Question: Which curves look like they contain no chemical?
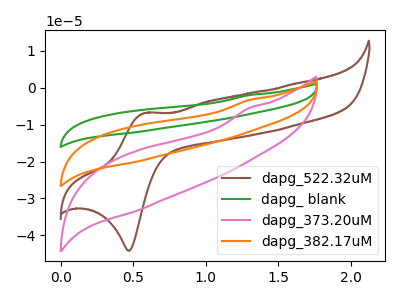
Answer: <think>The brown curve "dapg_522.32uM" has an anodic peak at (0.60V, -6.85uA) and a cathodic peak at (0.45V, -44.15uA). The green curve "dapg_ blank" has no peaks. The pink curve "dapg_373.20uM" has no peaks. The orange curve "dapg_382.17uM" has no peaks.</think>
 <answer>"dapg_ blank", "dapg_373.20uM" and "dapg_382.17uM" are likely to be blanks.</answer>
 <eval>"dapg_ blank", "dapg_373.20uM", "dapg_382.17uM"</eval>